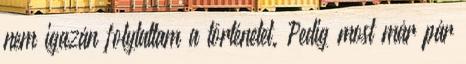
nem igazán folytattam a történetet. Pedig most már pár